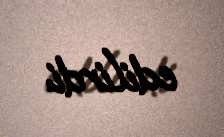
edilirdi.